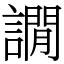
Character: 譋